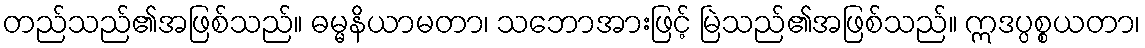
တည်သည်၏အဖြစ်သည်။ ဓမ္မနိယာမတာ၊ သဘောအားဖြင့် မြဲသည်၏အဖြစ်သည်။ ဣဒပ္ပစ္စယတာ၊